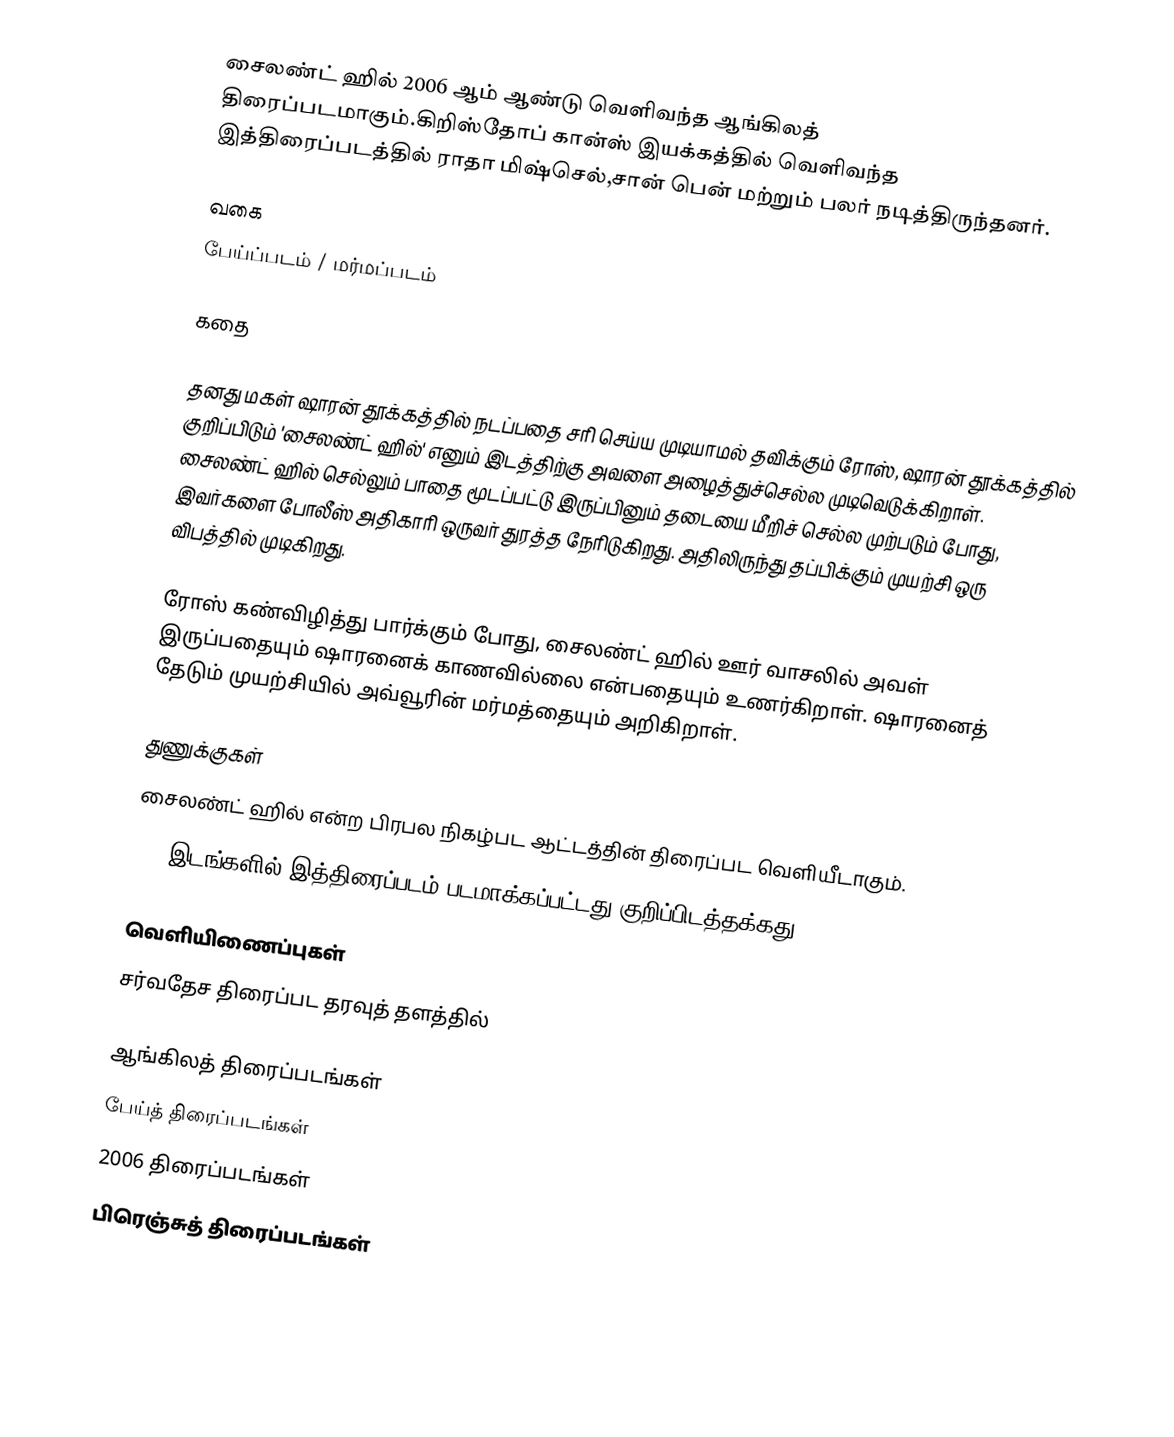
சைலண்ட் ஹில் 2006 ஆம் ஆண்டு வெளிவந்த ஆங்கிலத் திரைப்படமாகும்.கிறிஸ்தோப் கான்ஸ் இயக்கத்தில் வெளிவந்த இத்திரைப்படத்தில் ராதா மிஷ்செல்,சான் பென் மற்றும் பலர் நடித்திருந்தனர்.

வகை
பேய்ப்படம் / மர்மப்படம்

கதை

தனது மகள் ஷாரன் தூக்கத்தில் நடப்பதை சரி செய்ய முடியாமல் தவிக்கும் ரோஸ், ஷாரன் தூக்கத்தில் குறிப்பிடும் 'சைலண்ட் ஹில்' எனும் இடத்திற்கு அவளை அழைத்துச்செல்ல முடிவெடுக்கிறாள். சைலண்ட் ஹில் செல்லும் பாதை மூடப்பட்டு இருப்பினும் தடையை மீறிச் செல்ல முற்படும் போது, இவர்களை போலீஸ் அதிகாரி ஒருவர் துரத்த நேரிடுகிறது. அதிலிருந்து தப்பிக்கும் முயற்சி ஒரு விபத்தில் முடிகிறது.

ரோஸ் கண்விழித்து பார்க்கும் போது, சைலண்ட் ஹில் ஊர் வாசலில் அவள் இருப்பதையும் ஷாரனைக் காணவில்லை என்பதையும் உணர்கிறாள். ஷாரனைத் தேடும் முயற்சியில் அவ்வூரின் மர்மத்தையும் அறிகிறாள்.

துணுக்குகள்
சைலண்ட் ஹில் என்ற பிரபல நிகழ்பட ஆட்டத்தின் திரைப்பட வெளியீடாகும்.
165 இடங்களில் இத்திரைப்படம் படமாக்கப்பட்டது குறிப்பிடத்தக்கது.

வெளியிணைப்புகள்
சர்வதேச திரைப்பட தரவுத் தளத்தில்

ஆங்கிலத் திரைப்படங்கள்
பேய்த் திரைப்படங்கள்
2006 திரைப்படங்கள்
பிரெஞ்சுத் திரைப்படங்கள்